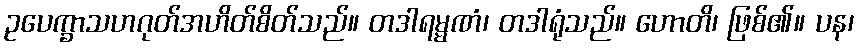
ဥပေက္ခာသဟဂုတ်အဟိတ်စိတ်သည်။ တဒါရမ္မဏံ၊ တဒါရုံသည်။ ဟောတိ၊ ဖြစ်၏။ ပန၊